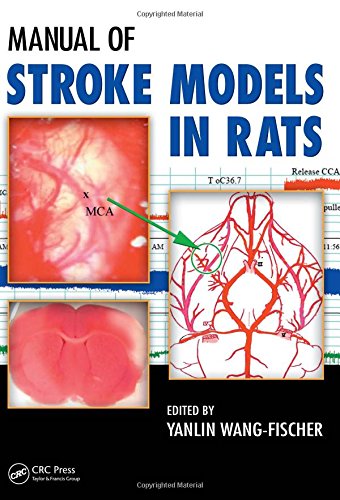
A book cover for Manual of Stroke Models in Rats; Health, Fitness & Dieting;